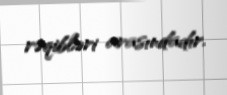
rəqibləri arasındadır.